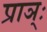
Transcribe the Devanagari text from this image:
प्राञ्ः